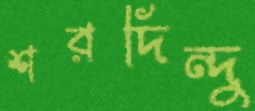
শরদিন্দু